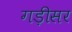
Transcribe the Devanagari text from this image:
गड़ीसर